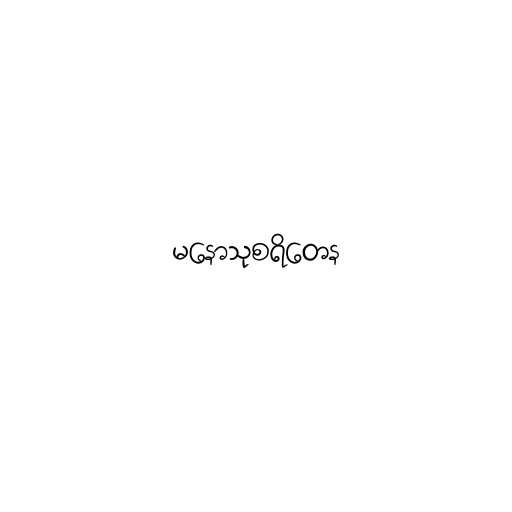
မနောသုစရိတေန